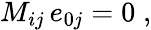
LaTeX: \begin{array}{r}{M_{ij}\, e_{0j}=0\; ,}\end{array}